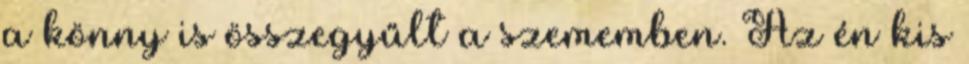
a könny is összegyűlt a szememben. Az én kis